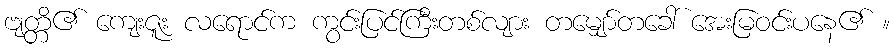
ဗျတ္တိ၏ ကျေးဇူး လရောင်က ကွင်းပြင်ကြီးတစ်လျား တမျှော်တခေါ် အေးမြဝင်းပနေ၏ ။